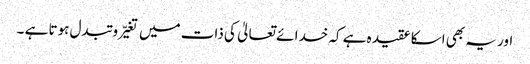
اور یہ بھی اسکا عقیدہ ہے کہ خدا ئے تعالیٰ کی ذات میں تغیّر و تبدل ہوتا ہے ۔